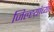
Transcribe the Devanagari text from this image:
जिल्ह्य़ांच्या